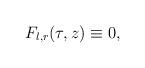
LaTeX: \begin{align*}F_{l,r}(\tau, z)\equiv 0, \end{align*}